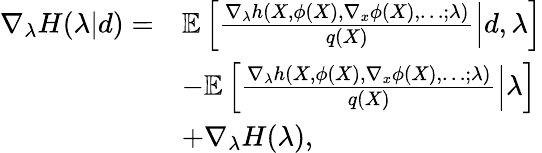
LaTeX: \begin{array}{rl}{\nabla_{\lambda}H(\lambda|d)=}&{\mathbb{E}\left[\frac{\nabla_{\lambda}h(X,\phi(X),\nabla_{x}\phi(X),\dots;\lambda)}{q(X)}\middle|d,\lambda\right]}\\ &{-\mathbb{E}\left[\frac{\nabla_{\lambda}h(X,\phi(X),\nabla_{x}\phi(X),\dots;\lambda)}{q(X)}\middle|\lambda\right]}\\ &{+\nabla_{\lambda}H(\lambda),}\end{array}